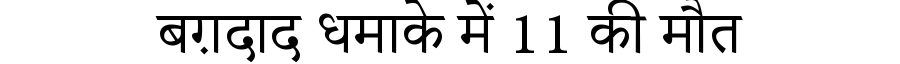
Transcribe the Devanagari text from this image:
बग़दाद धमाके में 11 की मौत